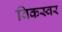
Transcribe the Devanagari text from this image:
विकस्वर